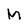
Character: M